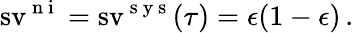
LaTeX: \operatorname{sv}^{\mathrm{~n~i~}}=\operatorname{sv}^{\mathrm{~s~y~s~}}(\tau)=\epsilon(1-\epsilon)\, .